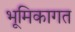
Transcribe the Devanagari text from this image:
भूमिकागत